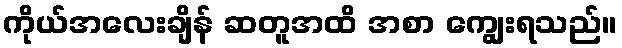
ကိုယ်အလေးချိန် ဆတူအထိ အစာ ကျွေးရသည်။